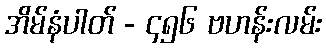
အိမ်နံပါတ် - ၄၅၆ ဗဟန်းလမ်း